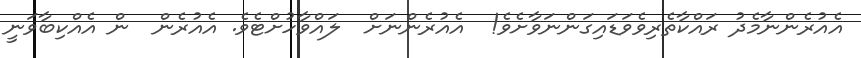
އެއުރެންނާމެދު ރައްކާތެރިވެވަޑައިގަންނަވާށެވެ!  އެއުރެންނަށް  ލައްވާހުށްޓެވެ. އެއުރެން  ން އެއްކިބާވަނީ